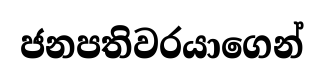
ජනපතිවරයාගෙන්